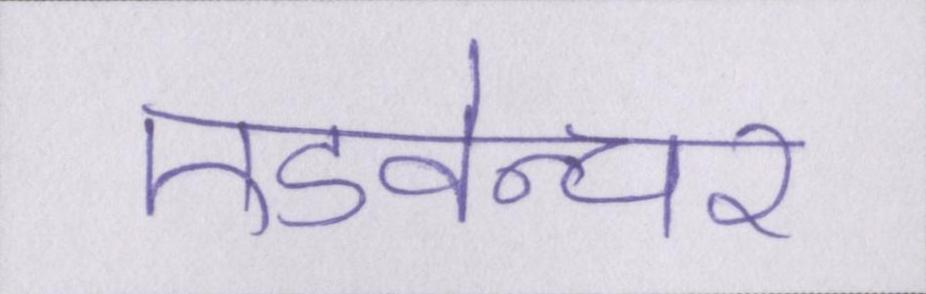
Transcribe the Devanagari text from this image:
एडवेन्चर